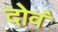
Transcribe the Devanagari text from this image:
दोवं